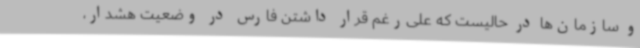
و سازمان‌ها در حالیست که علی‌رغم قرار داشتن فارس در وضعیت هشدار،